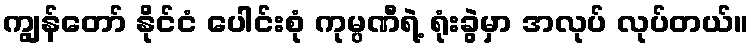
ကျွန်တော် နိုင်ငံ ပေါင်းစုံ ကုမ္ပဏီရဲ့ ရုံးခွဲမှာ အလုပ် လုပ်တယ်။